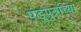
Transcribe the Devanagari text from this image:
पंडूपुत्रांच्या